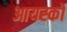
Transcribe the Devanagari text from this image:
आयस्कों